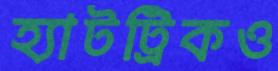
হ্যাটট্রিকও